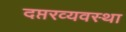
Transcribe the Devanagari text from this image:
दप्तरव्यवस्था